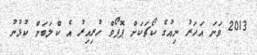
2013 ވަނަ އަހަރު ނިއުގެ ކޯޗަކަށް ޕޮޕޯވް ހުރިއިރު އެ ކްލަބަށް ކުޅުނު